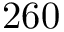
2 6 0